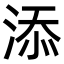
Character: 添